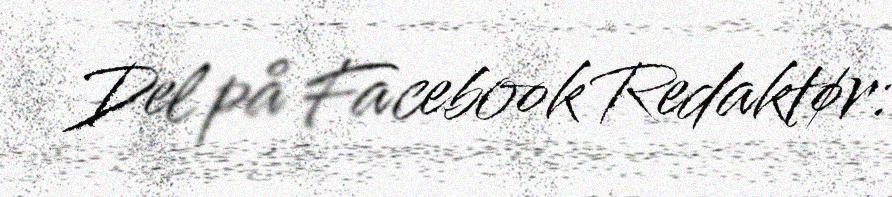
Del på Facebook Redaktør: